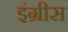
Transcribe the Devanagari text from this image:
इंग्रीस